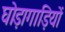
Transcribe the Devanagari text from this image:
घोड़ागाड़ियों